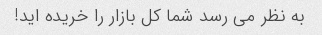
به نظر می رسد شما کل بازار را خریده اید!